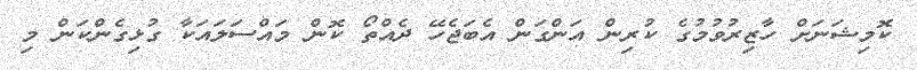
ކޮމިޝަނަށް ހާޒިރުވުމުގެ ކުރިން އަންގަން އެބަޖެހޭ ދެއްތޯ ކޮން މައްސަލައަކާ ގުޅިގެންކަން މި